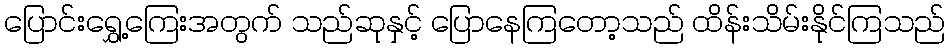
ပြောင်းရွှေ့ကြေးအတွက် သည်ဆုနှင့် ပြောနေကြတော့သည် ထိန်းသိမ်းနိုင်ကြသည်